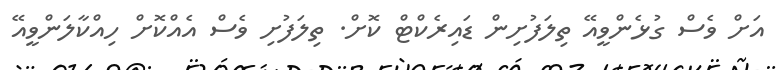
އަށް ވެސް ގުޅެންވީއޭ ތިލަފުށިން ޑައިރެކްޓް ކޮށް. ތިލަފުށި ވެސް އެއްކޮށް ހިއްކާލަންވީއޭ